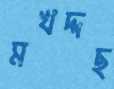
মখদ্দছ